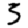
Digit: 3